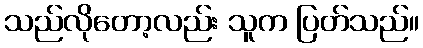
သည်လိုတော့လည်း သူက ပြတ်သည်။